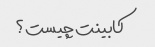
کابینت چیست؟